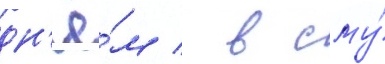
дн'ё́м / в сму́